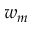
w _ { m }